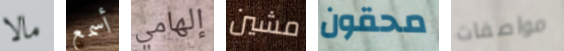
مالا أسمع إلهامي مشين محقون مواصفات